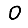
Digit: 0